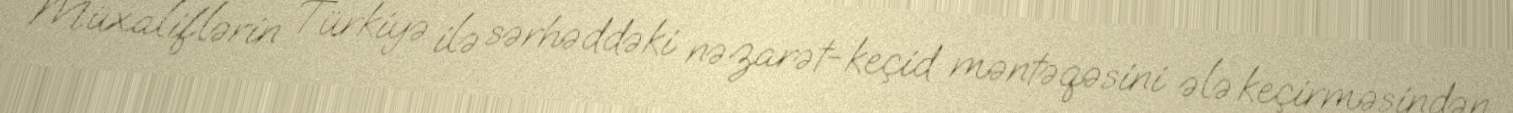
Müxaliflərin Türkiyə ilə sərhəddəki nəzarət-keçid məntəqəsini ələ keçirməsindən